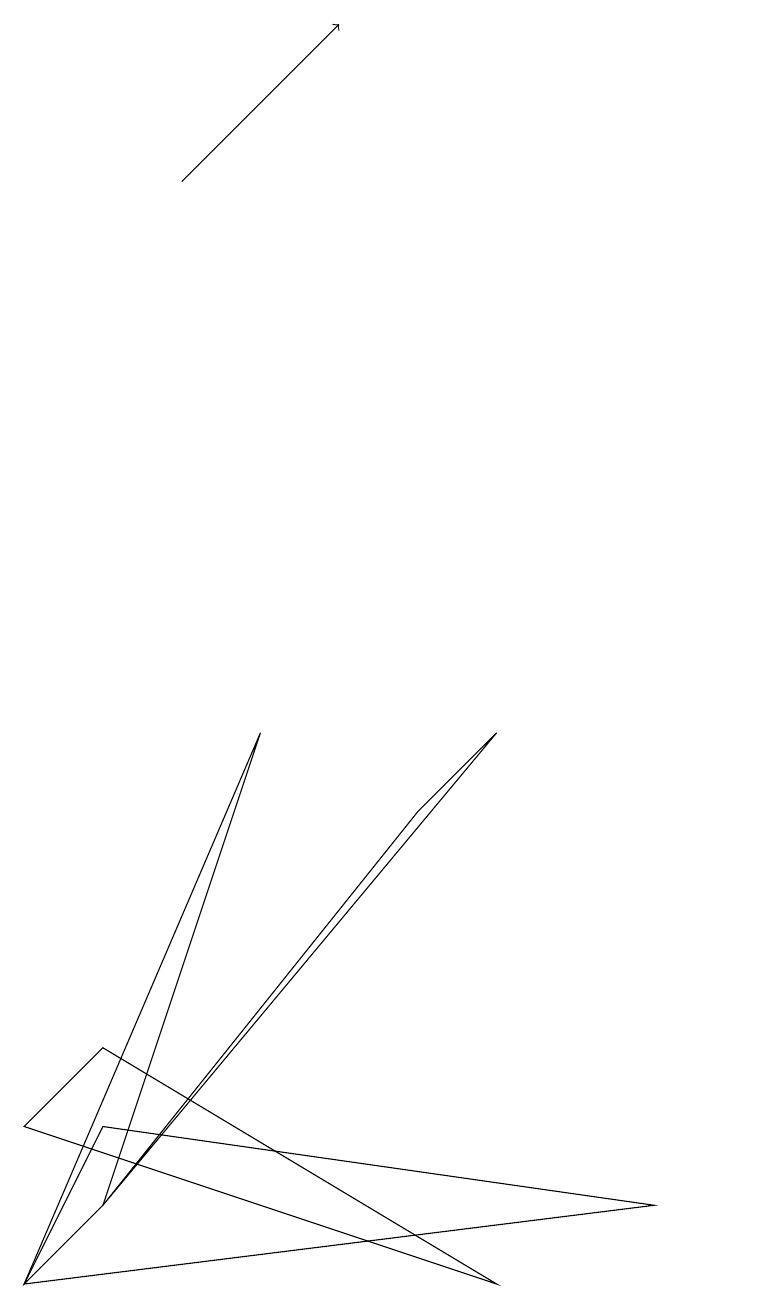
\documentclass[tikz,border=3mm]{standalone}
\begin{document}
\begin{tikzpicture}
\draw (7,7) -- (6,6) -- (2,1) -- cycle;
\draw (2,2) -- (1,0) -- (9,1) -- cycle;
\draw[->] (3,14) -- (5,16);
\draw (1,2) -- (2,3) -- (7,0) -- cycle;
\draw (10,12) circle (0);
\draw (4,7) -- (2,1) -- (1,0) -- cycle;
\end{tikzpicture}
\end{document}